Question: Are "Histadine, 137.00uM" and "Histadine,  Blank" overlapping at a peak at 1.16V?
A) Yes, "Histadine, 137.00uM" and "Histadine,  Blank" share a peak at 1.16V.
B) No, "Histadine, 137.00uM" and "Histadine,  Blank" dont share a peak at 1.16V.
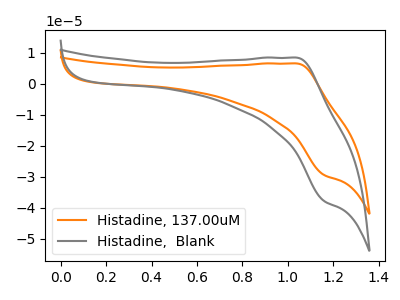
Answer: <think>The orange curve "Histadine, 137.00uM" has an anodic peak at (1.05V, 6.60uA) and a cathodic peak at (1.15V, -29.40uA). The gray curve "Histadine,  Blank" has an anodic peak at (1.05V, 8.45uA) and a cathodic peak at (1.15V, -37.75uA).</think>
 <answer>A) Yes, "Histadine, 137.00uM" and "Histadine,  Blank" share a peak at 1.16V.</answer>
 <eval>A</eval>